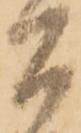
間